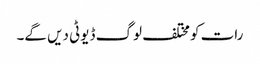
رات کو مختلف لوگ ڈیوٹی دیں گے۔